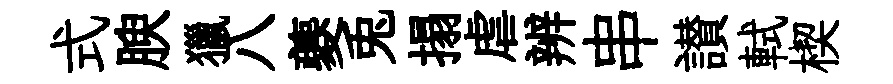
式腴獵八夔兎搨虐辨串讃軾楔